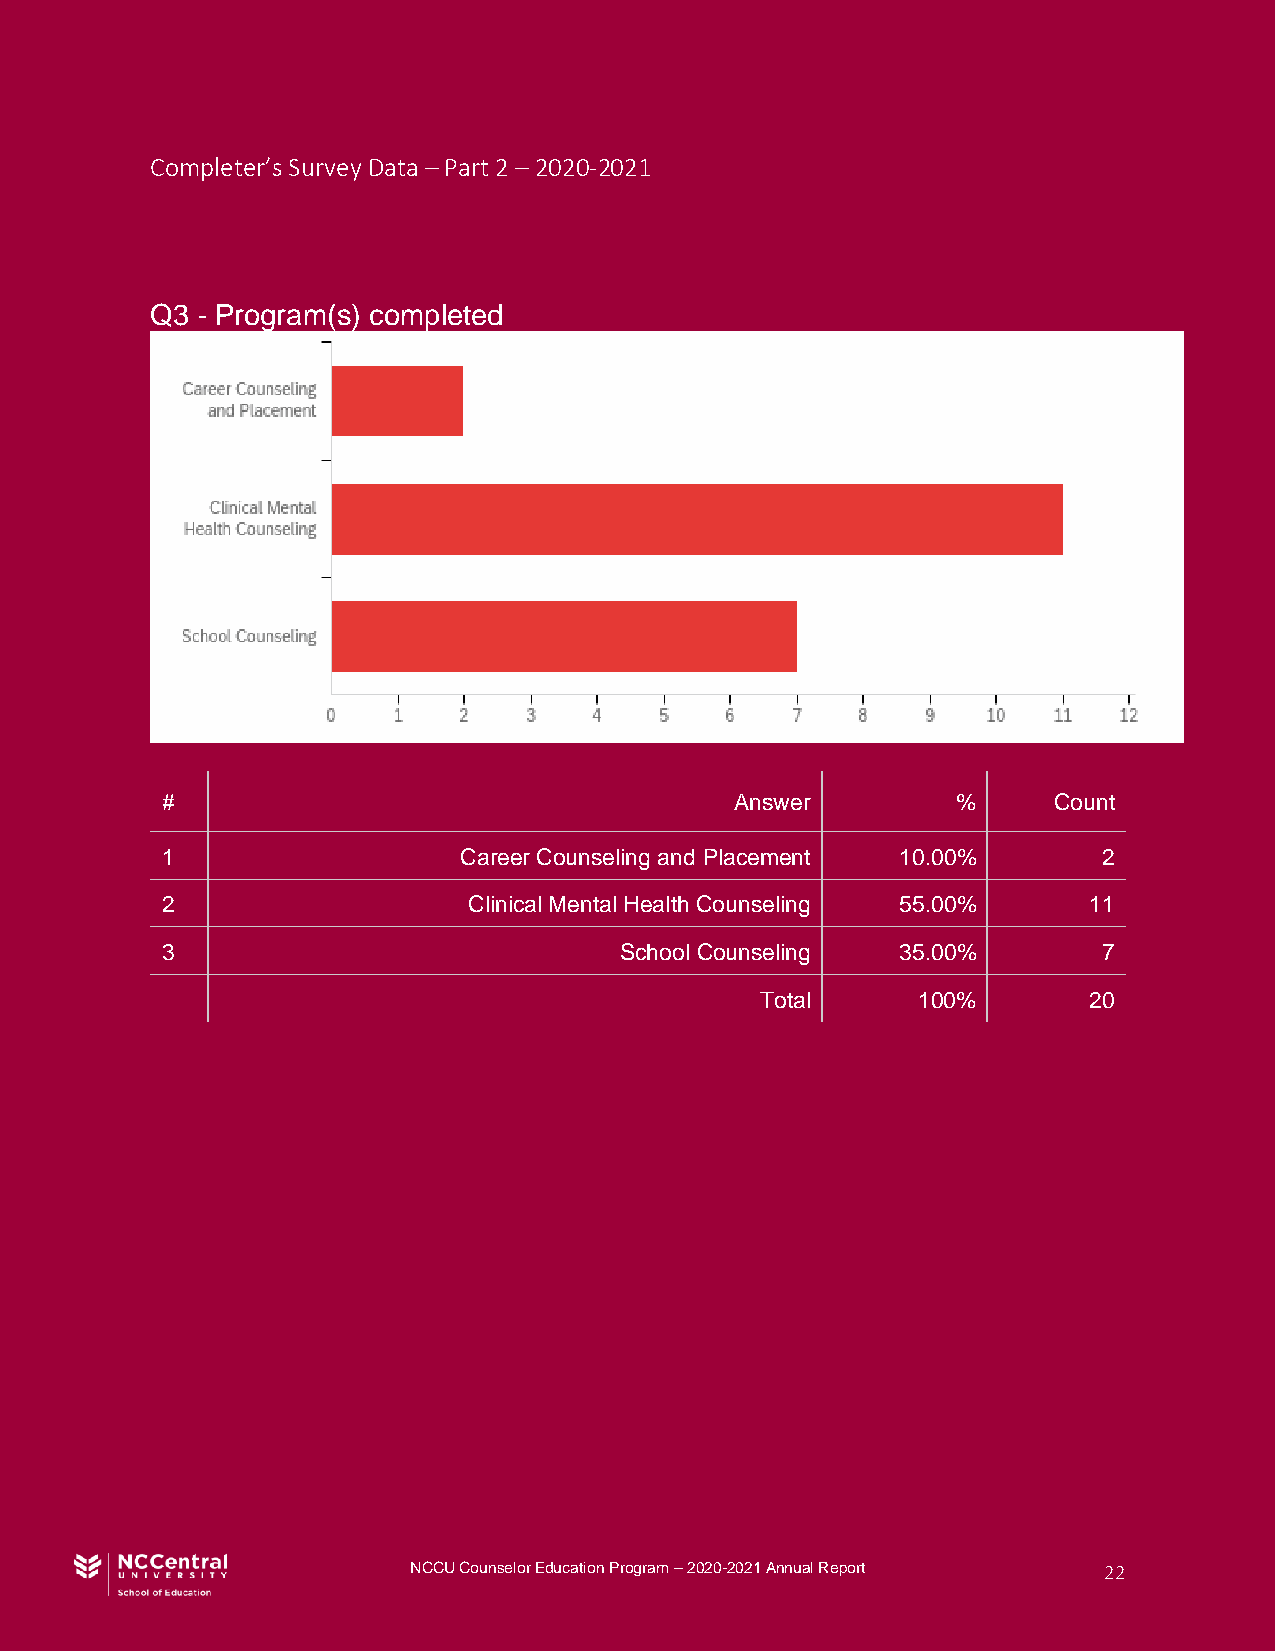
Completer’s Survey Data – Part 2 – 2020-2021
 Q3 - Program(s) completed
 #                                     Answer        %      Count
 1                  Career Counseling and Placement 10.00%     2
 2                   Clinical Mental Health Counseling 55.00% 11
 3                             School Counseling  35.00%       7
 Total      100%       20
 NCCU Counselor Education Program – 2020-2021 Annual Report 22